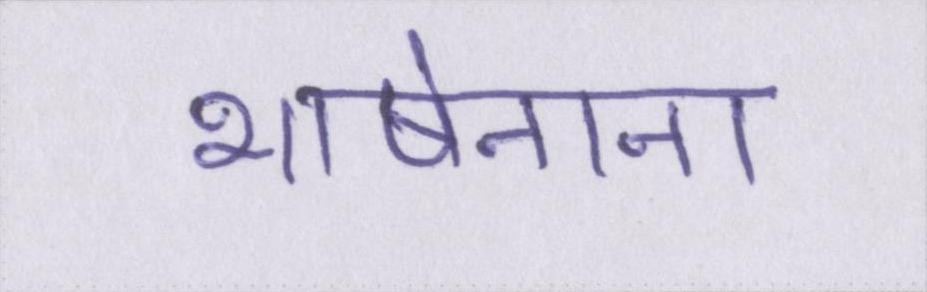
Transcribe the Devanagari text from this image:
भाषेनाना